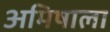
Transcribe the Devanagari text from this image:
अमिषाला